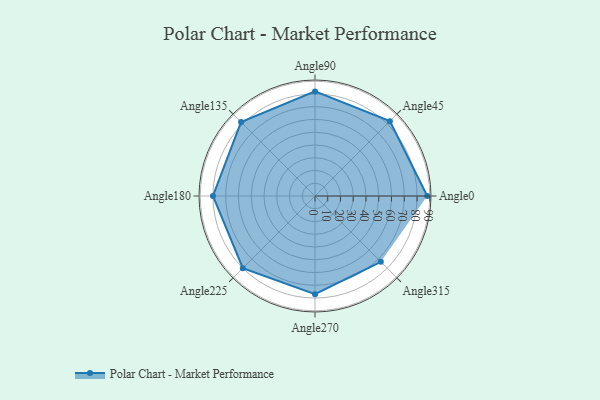
{"axis": {"x": "Angle", "y": "Radius"}, "legend": [""], "data": [{"x": "Angle0", "y": 88.0, "type": ""}, {"x": "Angle45", "y": 83.0, "type": ""}, {"x": "Angle90", "y": 82.0, "type": ""}, {"x": "Angle135", "y": 82.0, "type": ""}, {"x": "Angle180", "y": 80.0, "type": ""}, {"x": "Angle225", "y": 80.0, "type": ""}, {"x": "Angle270", "y": 77.0, "type": ""}, {"x": "Angle315", "y": 73.0, "type": ""}]}